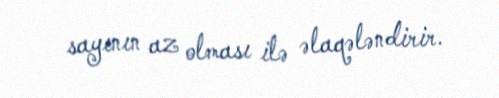
sayının az olması ilə əlaqələndirir.